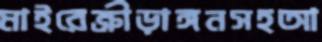
মাইরেক্রীড়াঙ্গনসহআ